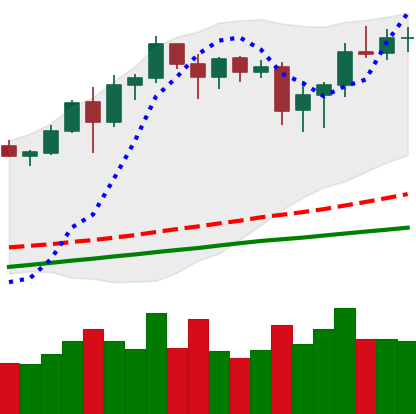
Ticker: BNB-USD
Chart end date: 2020-08-17
Forward return: -5.403%
Label: down_5_7